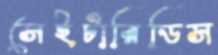
সেইটারিডিস